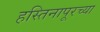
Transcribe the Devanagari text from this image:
हस्तिनापूरच्या